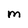
Character: m